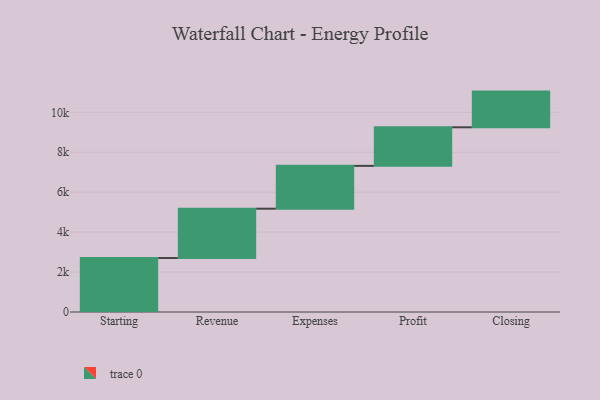
{"axis": {"x": "Step", "y": "Value"}, "legend": [""], "data": [{"x": "Starting", "y": 2703.0, "type": ""}, {"x": "Revenue", "y": 2471.0, "type": ""}, {"x": "Expenses", "y": 2145.0, "type": ""}, {"x": "Profit", "y": 1932.0, "type": ""}, {"x": "Closing", "y": 1787.0, "type": ""}]}